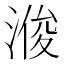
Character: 𪶠